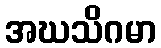
အဃသိဂမာ